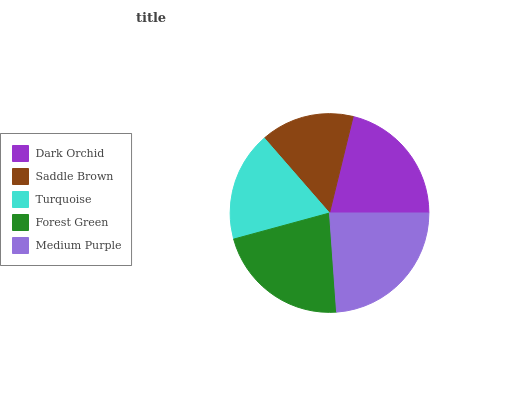
| Dark Orchid | Saddle Brown | Turquoise | Forest Green | Medium Purple |
 | --- | --- | --- | --- | --- |
 | 21.2% | 15.2% | 17.8% | 22% | 23.9% |